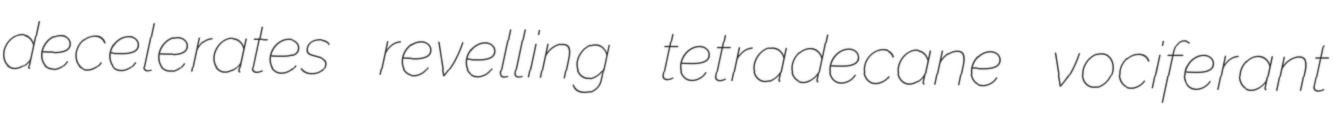
decelerates revelling tetradecane vociferant